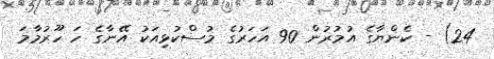
24) - ކެންޔާގެ އުމުރުން 90 އަހަރުގެ މުސްކުޅިއަކު އޭނާގެ ހަ ހޫރުމާމަ